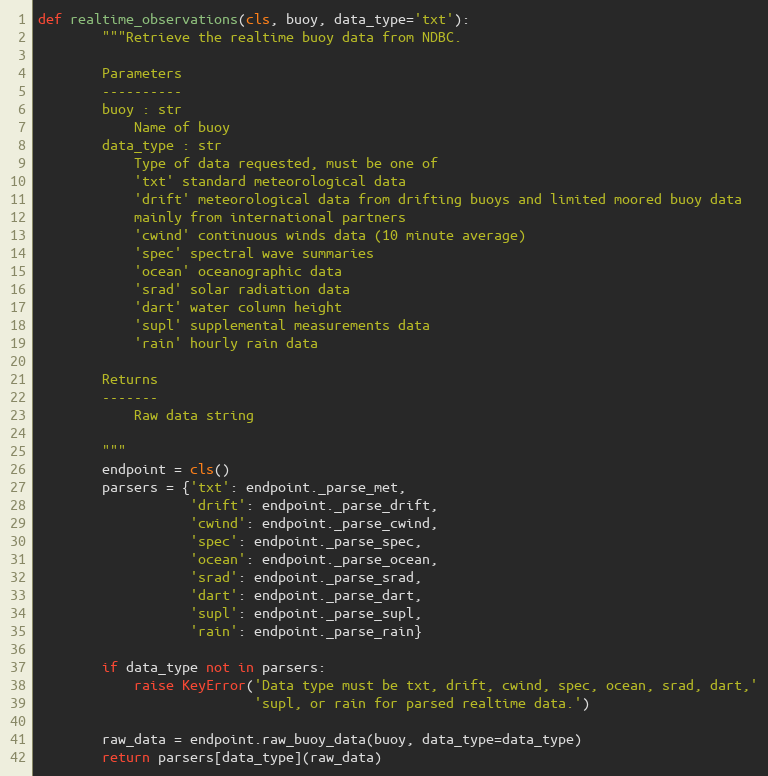
Language: Python
def realtime_observations(cls, buoy, data_type='txt'):
        """Retrieve the realtime buoy data from NDBC.

        Parameters
        ----------
        buoy : str
            Name of buoy
        data_type : str
            Type of data requested, must be one of
            'txt' standard meteorological data
            'drift' meteorological data from drifting buoys and limited moored buoy data
            mainly from international partners
            'cwind' continuous winds data (10 minute average)
            'spec' spectral wave summaries
            'ocean' oceanographic data
            'srad' solar radiation data
            'dart' water column height
            'supl' supplemental measurements data
            'rain' hourly rain data

        Returns
        -------
            Raw data string

        """
        endpoint = cls()
        parsers = {'txt': endpoint._parse_met,
                   'drift': endpoint._parse_drift,
                   'cwind': endpoint._parse_cwind,
                   'spec': endpoint._parse_spec,
                   'ocean': endpoint._parse_ocean,
                   'srad': endpoint._parse_srad,
                   'dart': endpoint._parse_dart,
                   'supl': endpoint._parse_supl,
                   'rain': endpoint._parse_rain}

        if data_type not in parsers:
            raise KeyError('Data type must be txt, drift, cwind, spec, ocean, srad, dart,'
                           'supl, or rain for parsed realtime data.')

        raw_data = endpoint.raw_buoy_data(buoy, data_type=data_type)
        return parsers[data_type](raw_data)